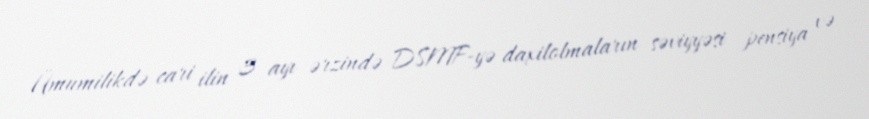
Ümumilikdə cari ilin 3 ayı ərzində DSMF-yə daxilolmaların səviyyəsi pensiya və